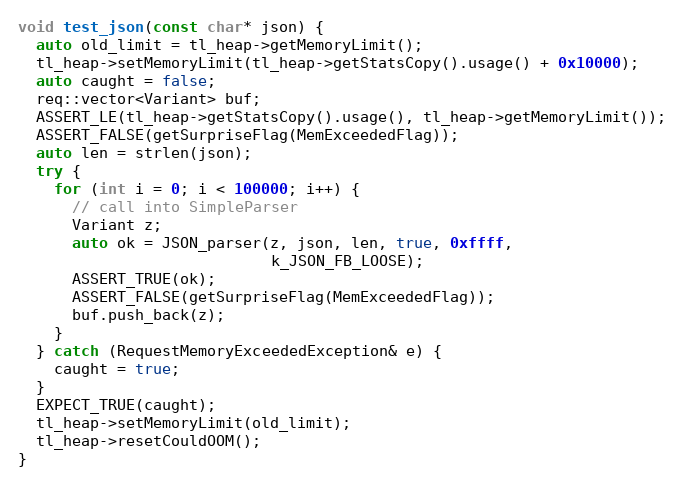
Language: C++
void test_json(const char* json) {
  auto old_limit = tl_heap->getMemoryLimit();
  tl_heap->setMemoryLimit(tl_heap->getStatsCopy().usage() + 0x10000);
  auto caught = false;
  req::vector<Variant> buf;
  ASSERT_LE(tl_heap->getStatsCopy().usage(), tl_heap->getMemoryLimit());
  ASSERT_FALSE(getSurpriseFlag(MemExceededFlag));
  auto len = strlen(json);
  try {
    for (int i = 0; i < 100000; i++) {
      // call into SimpleParser
      Variant z;
      auto ok = JSON_parser(z, json, len, true, 0xffff,
                            k_JSON_FB_LOOSE);
      ASSERT_TRUE(ok);
      ASSERT_FALSE(getSurpriseFlag(MemExceededFlag));
      buf.push_back(z);
    }
  } catch (RequestMemoryExceededException& e) {
    caught = true;
  }
  EXPECT_TRUE(caught);
  tl_heap->setMemoryLimit(old_limit);
  tl_heap->resetCouldOOM();
}